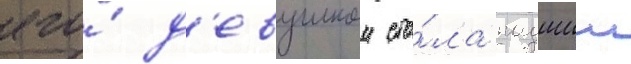
его́ д'евушкои ста́ла падшии